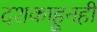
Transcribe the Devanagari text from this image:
दशकाहूनही